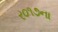
ર૦૧૭ના